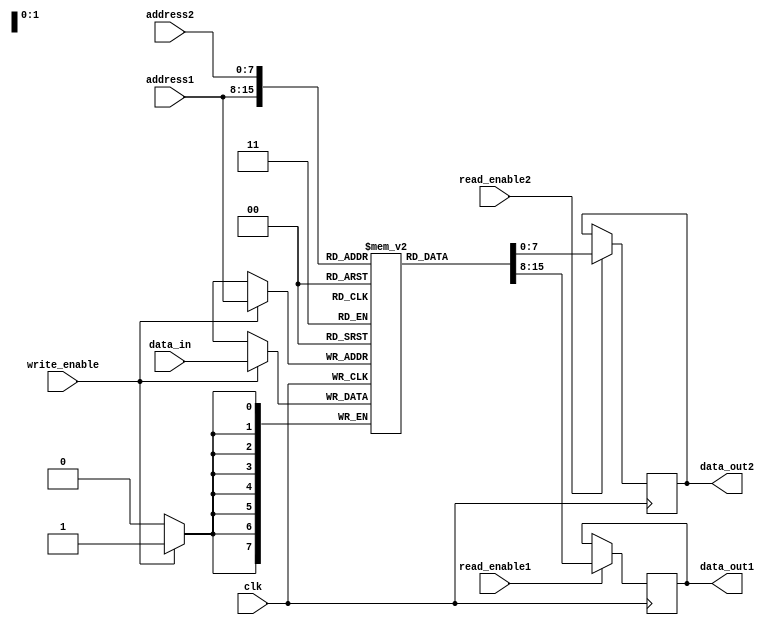
module dual_port_ram (
  input wire clk,
  input wire [7:0] address1,
  input wire [7:0] address2,
  input wire [7:0] data_in,
  output reg [7:0] data_out1,
  output reg [7:0] data_out2,
  input wire write_enable,
  input wire read_enable1,
  input wire read_enable2
);

reg [7:0] memory [0:255];

always @(posedge clk) begin
  if(write_enable) begin
    memory[address1] <= data_in;
  end
  if(read_enable1) begin
    data_out1 <= memory[address1];
  end
  if(read_enable2) begin
    data_out2 <= memory[address2];
  end
end

endmodule